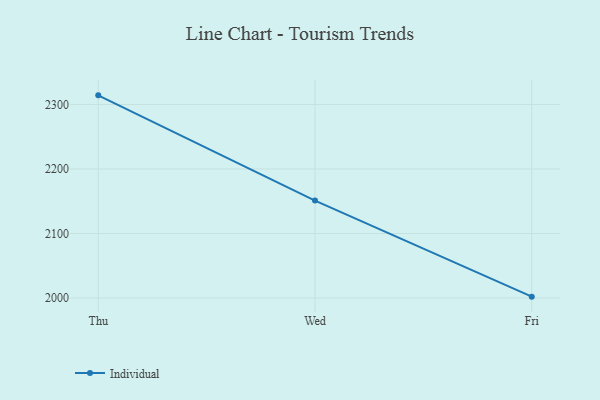
{"axis": {"x": "Day", "y": "Latency (ms)"}, "legend": ["Individual"], "data": [{"x": "Thu", "y": 2314.2, "type": "Individual"}, {"x": "Wed", "y": 2151.0, "type": "Individual"}, {"x": "Fri", "y": 2002.1, "type": "Individual"}]}